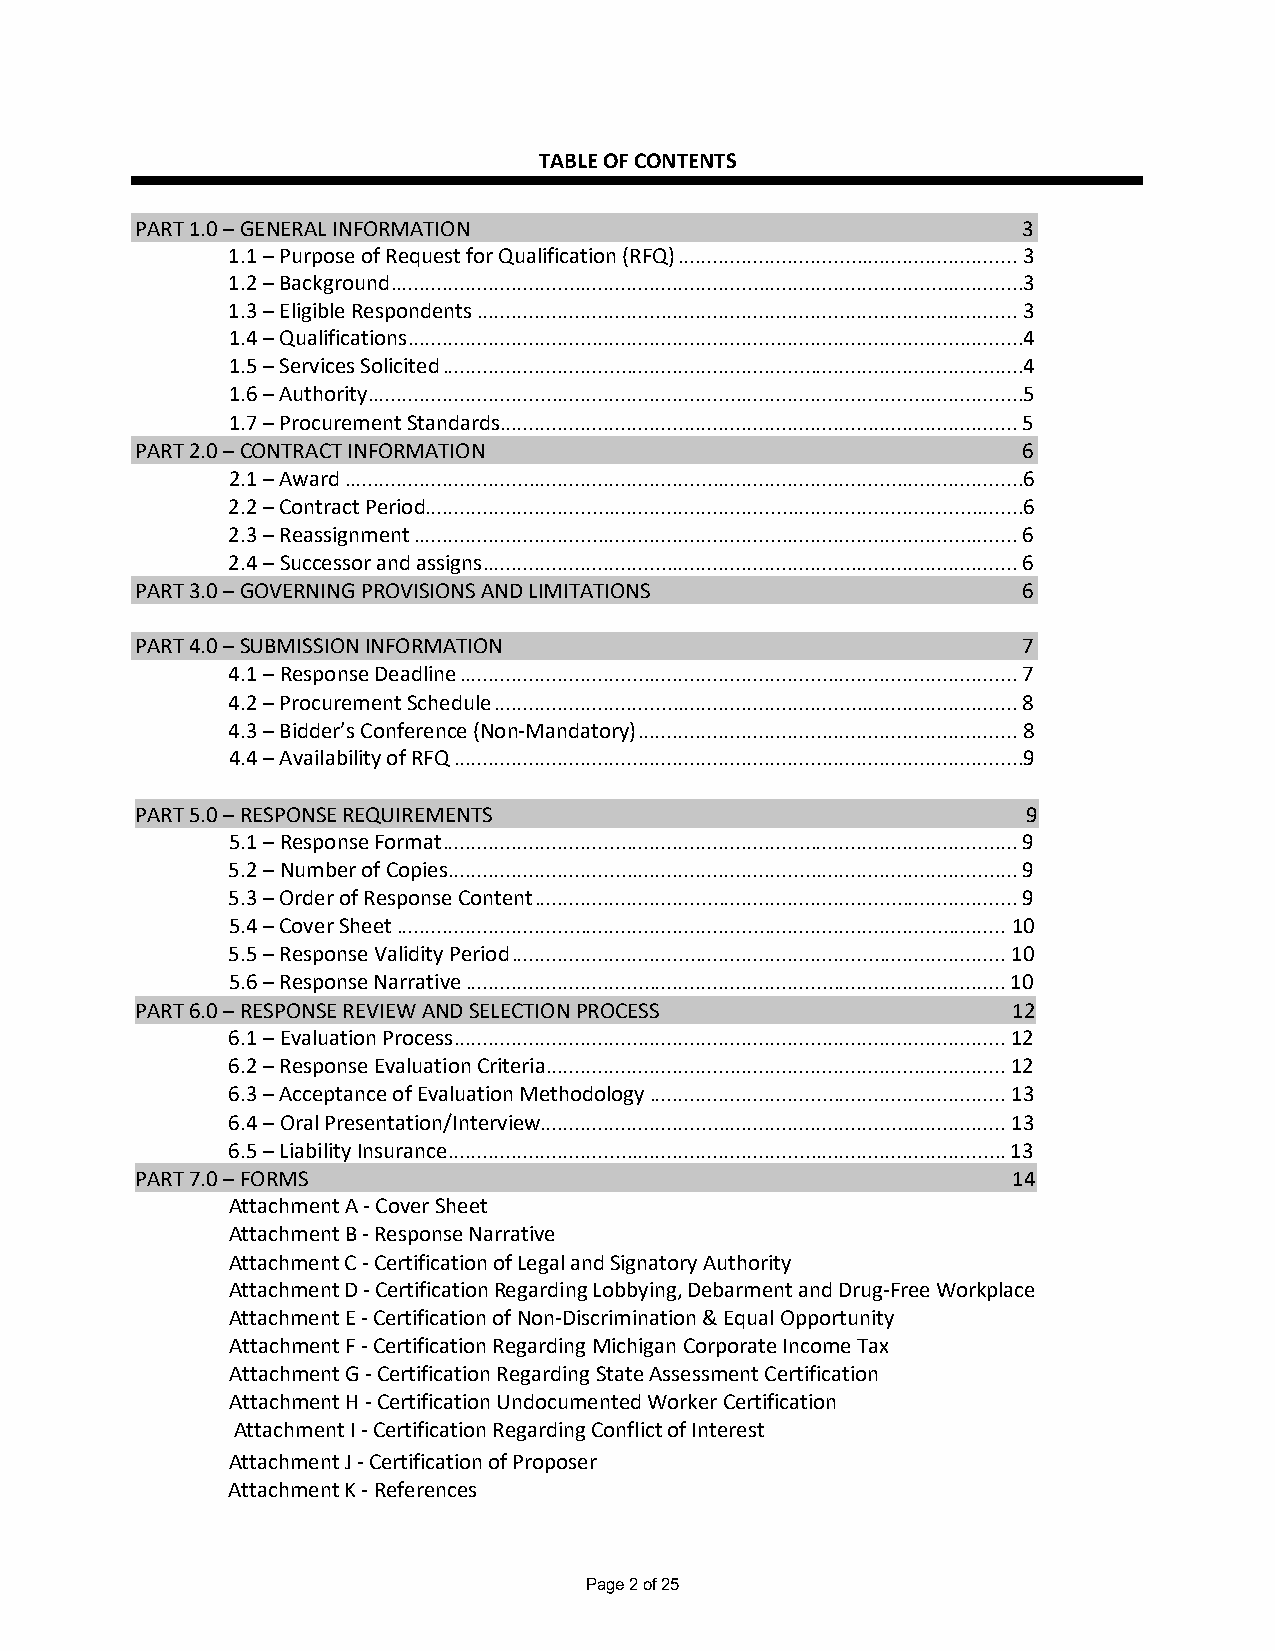
TABLE OF CONTENTS
 PART 1.0 – GENERAL INFORMATION                             3
 1.1 – Purpose of Request for Qualification (RFQ) ........................................................... 3
 1.2 – Background ..............................................................................................................3
 1.3 – Eligible Respondents .............................................................................................. 3
 1.4 – Qualifications ...........................................................................................................4
 1.5 – Services Solicited .....................................................................................................4
 1.6 – Authority ..................................................................................................................5
 1.7 – Procurement Standards.......................................................................................... 5
 PART 2.0 – CONTRACT INFORMATION                            6
 2.1 – Award ......................................................................................................................6
 2.2 – Contract Period........................................................................................................6
 2.3 – Reassignment ......................................................................................................... 6
 2.4 – Successor and assigns ............................................................................................. 6
 PART 3.0 – GOVERNING PROVISIONS AND LIMITATIONS            6
 PART 4.0 – SUBMISSION INFORMATION                          7
 4.1 – Response Deadline ................................................................................................. 7
 4.2 – Procurement Schedule ........................................................................................... 8
 4.3 – Bidder’s Conference (Non-Mandatory) .................................................................. 8
 4.4 – Availability of RFQ ...................................................................................................9
 PART 5.0 –5 R.1E -S PROesNpSoEn RseE QFoUrImREaMt..E..N..T..S.. ......................................................................................... 109
 5.1 – Response Format .................................................................................................... 9
 5.2 – Number of Copies ................................................................................................... 9
 5.3 – Order of Response Content .................................................................................... 9
 5.4 – Cover Sheet .......................................................................................................... 10
 5.5 – Response Validity Period ...................................................................................... 10
 5.6 – Response Narrative .............................................................................................. 10
 PART 6.0 – RESPONSE REVIEW AND SELECTION PROCESS          12
 6.1 – Evaluation Process ................................................................................................ 12
 6.2 – Response Evaluation Criteria ................................................................................ 12
 6.3 – Acceptance of Evaluation Methodology .............................................................. 13
 6.4 – Oral Presentation/Interview................................................................................. 13
 6.5 – Liability Insurance ................................................................................................. 13
 PART 7.0 – FORMS                                          14
 Attachment A - Cover Sheet
 Attachment B - Response Narrative
 Attachment C - Certification of Legal and Signatory Authority
 Attachment D - Certification Regarding Lobbying, Debarment and Drug-Free Workplace
 Attachment E - Certification of Non-Discrimination & Equal Opportunity
 Attachment F - Certification Regarding Michigan Corporate Income Tax
 Attachment G - Certification Regarding State Assessment Certification
 Attachment H - Certification Undocumented Worker Certification
 Attachment I - Certification Regarding Conflict of Interest
 Attachment J - Certification of Proposer
 Attachment K - References
 Page 2 of 25